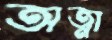
অত্না